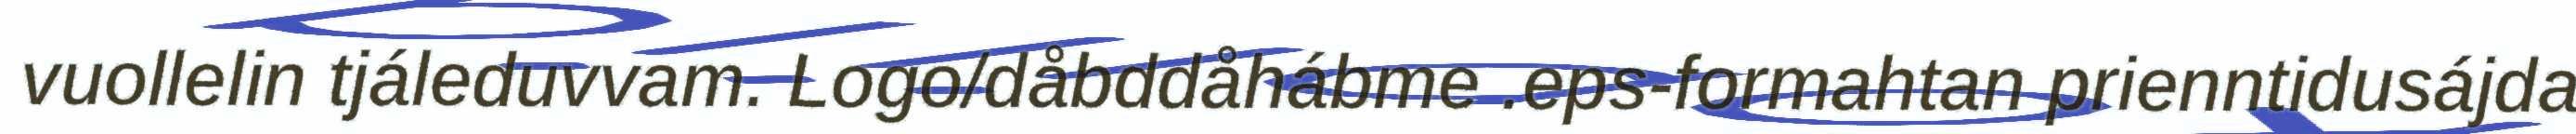
vuollelin tjáleduvvam. Logo/dåbddåhábme .eps-formahtan prienntidusájda